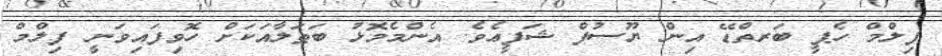
ފިލްމް ހެޕީ ބަރތްޑޭ އިން ޔޫސުފް ޝަފީޢެވެ. އެންމެމޮޅު ބަޠަލާއަކަށް ހޮވިފައިވަނީ ފިލްމް